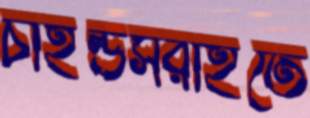
চাইল্ডসরাইতে